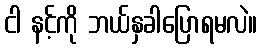
ငါ နင့်ကို ဘယ်နှခါပြောရမလဲ။